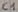
Text: C1